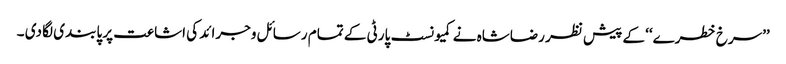
’’سرخ خطرے‘‘ کے پیش نظر رضاشاہ نے کمیونسٹ پارٹی کے تمام رسائل وجرائد کی اشاعت پر پابندی لگا دی ۔